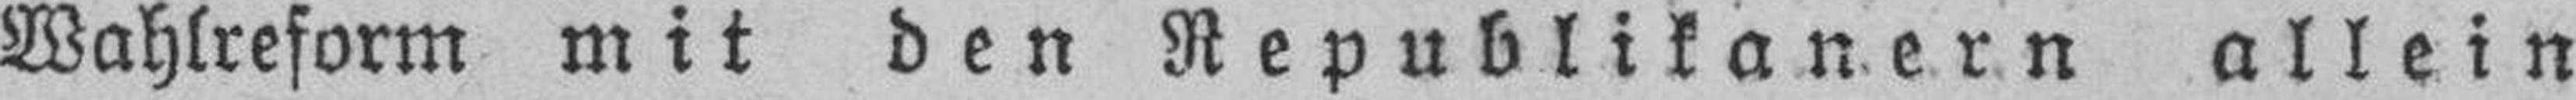
Wahlreform mit den Republikanern allein